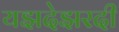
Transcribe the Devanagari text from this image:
यझदेझरदी